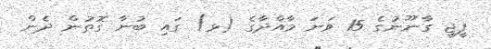
ޕީޖީ ގާނޫނުގެ 15 ވަނަ މާއްދާގެ (ޅ) ގައި ބުނާ ގޮތުން ދެން